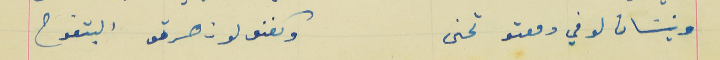
ونيسَان لو في دمعتو تحنى                                        وكفنو لون صرتو البتفوح